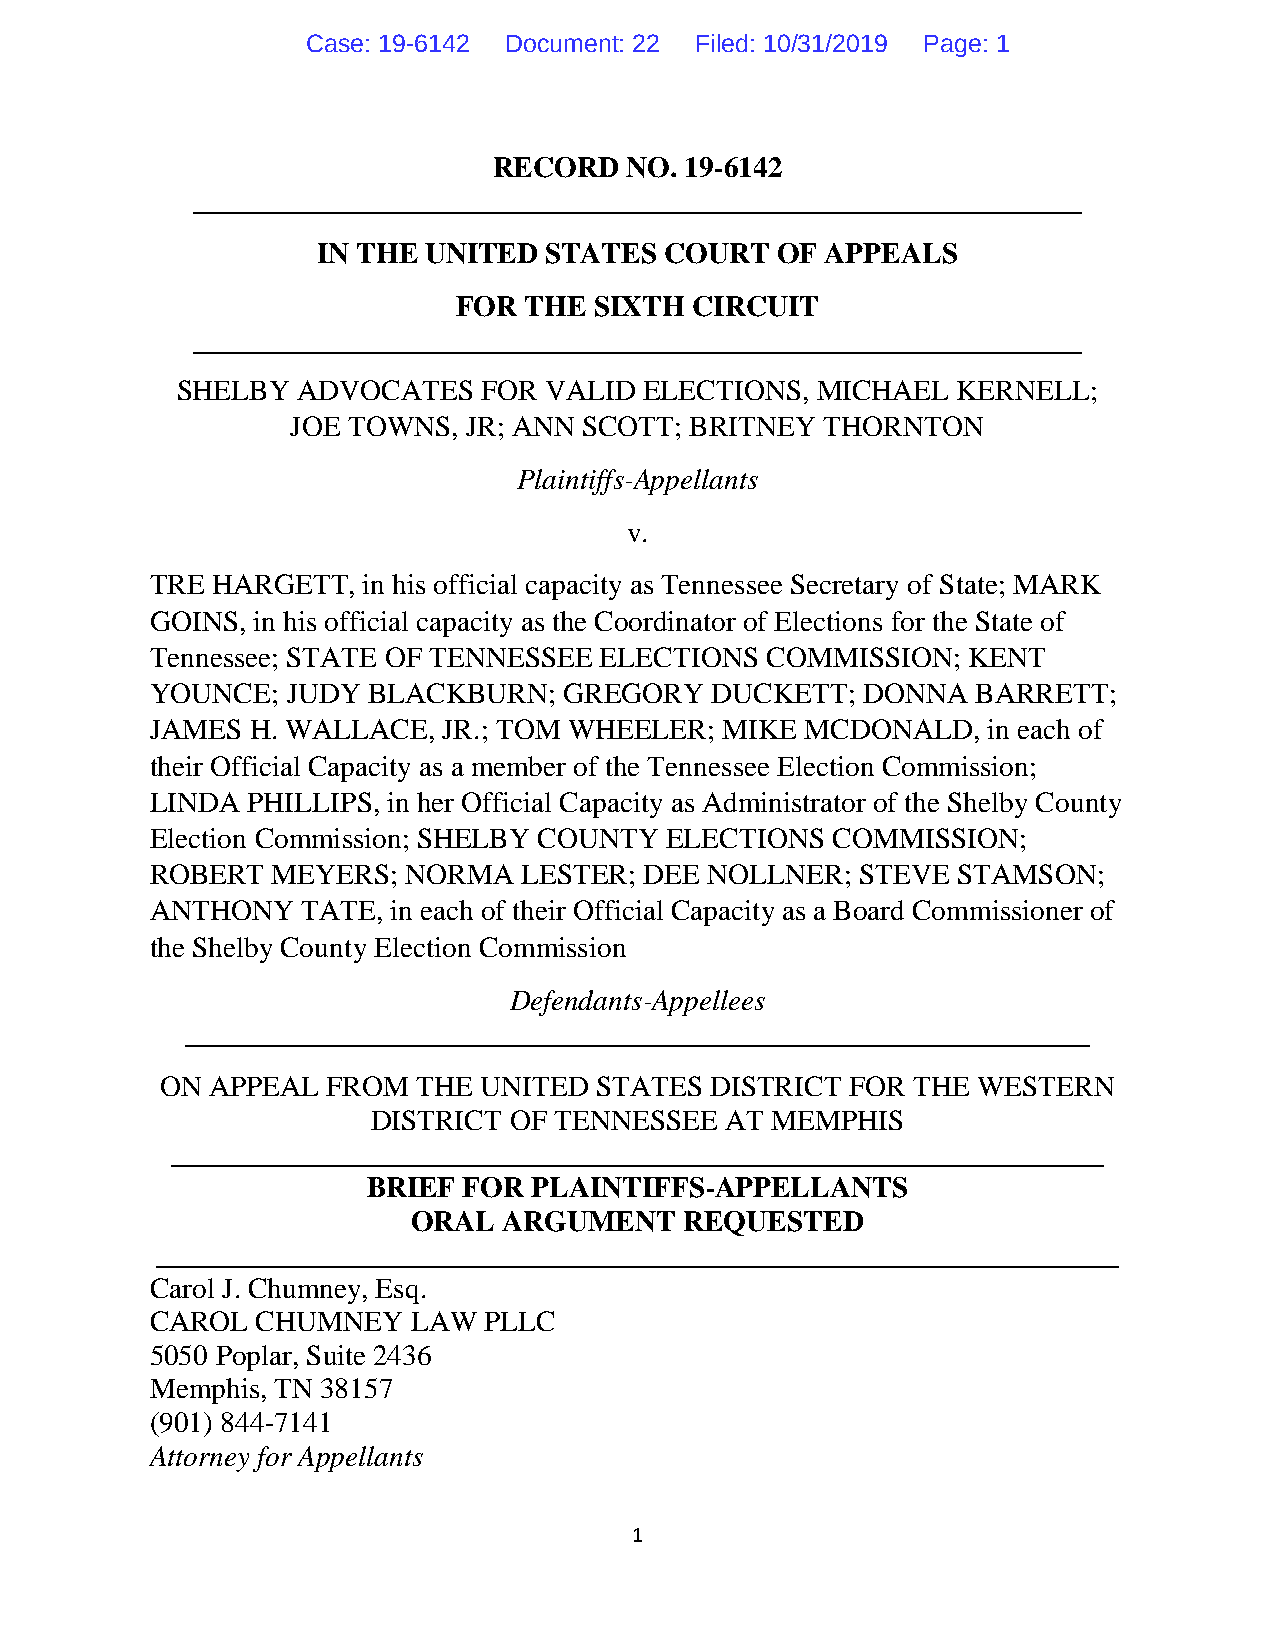
Case: 19-6142 Document: 22 Filed: 10/31/2019 Page: 1
 RECORD  NO. 19-6142
 _____________________________________________________________
 IN THE UNITED  STATES  COURT  OF  APPEALS
 FOR  THE SIXTH  CIRCUIT
 _____________________________________________________________
 SHELBY  ADVOCATES   FOR VALID  ELECTIONS, MICHAEL  KERNELL;
 JOE TOWNS,  JR; ANN SCOTT; BRITNEY  THORNTON
 Plaintiffs-Appellants
 v.
 TRE HARGETT,  in his official capacity as Tennessee Secretary of State; MARK
 GOINS, in his official capacity as the Coordinator of Elections for the State of
 Tennessee; STATE OF TENNESSEE ELECTIONS  COMMISSION;  KENT
 YOUNCE;  JUDY BLACKBURN;   GREGORY   DUCKETT;  DONNA   BARRETT;
 JAMES  H. WALLACE, JR.; TOM WHEELER;  MIKE MCDONALD,   in each of
 their Official Capacity as a member of the Tennessee Election Commission;
 LINDA PHILLIPS, in her Official Capacity as Administrator of the Shelby County
 Election Commission; SHELBY COUNTY ELECTIONS COMMISSION;
 ROBERT  MEYERS;  NORMA   LESTER; DEE NOLLNER;  STEVE STAMSON;
 ANTHONY   TATE, in each of their Official Capacity as a Board Commissioner of
 the Shelby County Election Commission
 Defendants-Appellees
 ______________________________________________________________
 ON APPEAL  FROM  THE UNITED STATES  DISTRICT FOR THE  WESTERN
 DISTRICT OF TENNESSEE  AT MEMPHIS
 ________________________________________________________________
 BRIEF  FOR PLAINTIFFS-APPELLANTS
 ORAL  ARGUMENT    REQUESTED
 __________________________________________________________________
 Carol J. Chumney, Esq.
 CAROL  CHUMNEY   LAW  PLLC
 5050 Poplar, Suite 2436
 Memphis, TN 38157
 (901) 844-7141
 Attorney for Appellants
 1